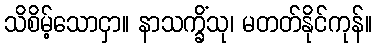
သိစိမ့်သောငှာ။ နာသက္ခိံသု၊ မတတ်နိုင်ကုန်။